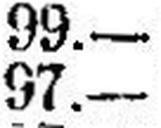
97.—